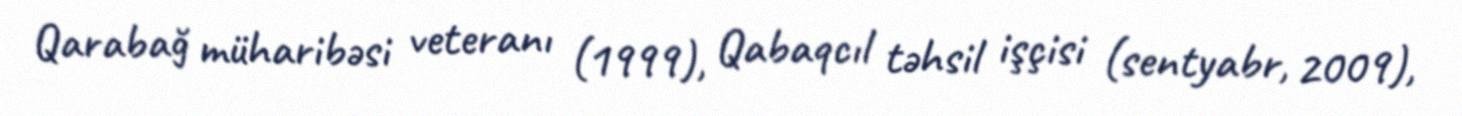
Qarabağ müharibəsi veteranı (1999), Qabaqcıl təhsil işçisi (sentyabr, 2009),